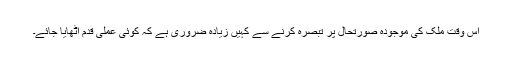
اس وقت ملک کی موجودہ صورتحال پر تبصرہ کرنے سے کہیں زیادہ ضروری ہے کہ کوئی عملی قدم اٹھایا جائے۔